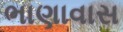
ભાણાવાસ